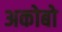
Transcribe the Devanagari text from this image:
अकोबो